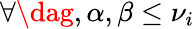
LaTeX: \forall\dag,\alpha,\beta\leq\nu_{i}